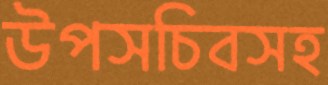
উপসচিবসহ